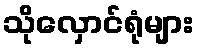
သိုလှောင်ရုံများ